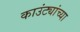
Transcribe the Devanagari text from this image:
काउंट्यांच्या